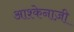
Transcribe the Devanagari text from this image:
आश्केनाज़ी